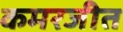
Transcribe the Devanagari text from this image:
कमरजीत